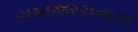
સમાજરચનાના